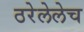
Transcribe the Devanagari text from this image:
ठरेलेलेच